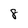
Character: 8